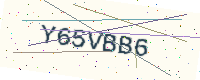
Text: Y65VBB6